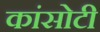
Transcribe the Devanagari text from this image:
कांसोटी